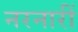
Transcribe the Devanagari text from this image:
नरनारीं